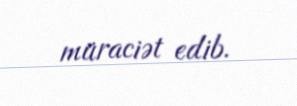
müraciət edib.